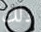
ذلك